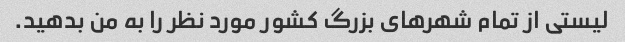
لیستی از تمام شهرهای بزرگ کشور مورد نظر را به من بدهید.